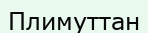
Плимуттан